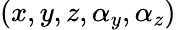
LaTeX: (x,y,z,\alpha_{y},\alpha_{z})